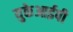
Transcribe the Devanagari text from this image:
युकेआईपी